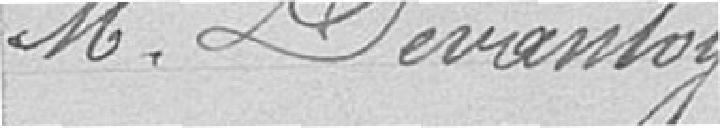
Monsieur Devantoy.